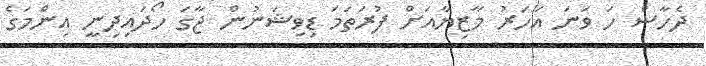
ދެހާސް ހަ ވަނަ އަހަރު މާޒިޔާއަށް ފުރަތަމަ ޑިވިޝަނުން ޖާގަ ހޯދައިދިނީ އިންމަގެ